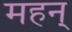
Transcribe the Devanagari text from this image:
महन्